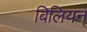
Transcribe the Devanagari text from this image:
बिलियन्